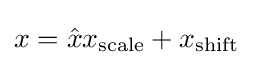
x={\hat {x}}x_{\text{scale}}+x_{\text{shift}}